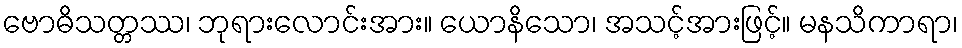
ဗောဓိသတ္တဿ၊ ဘုရားလောင်းအား။ ယောနိသော၊ အသင့်အားဖြင့်။ မနသိကာရာ၊